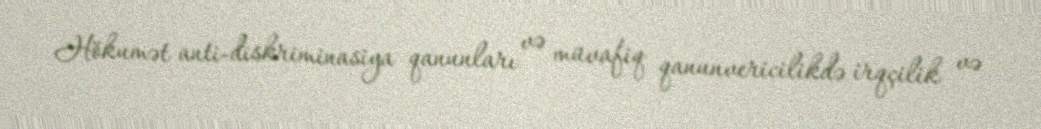
Hökumət anti-diskriminasiya qanunları və müvafiq qanunvericilikdə irqçilik və